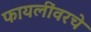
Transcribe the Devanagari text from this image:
फायलींवरचे